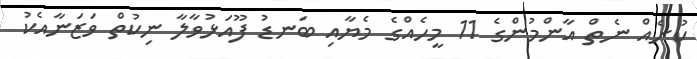
ކުށެއް ނެތް އާންމުންގެ 11 މީހެއްގެ މެޔާއި ބަނޑު ފޫއަޅުވާލާ ނިކުތް ވަޒަނާއެކު